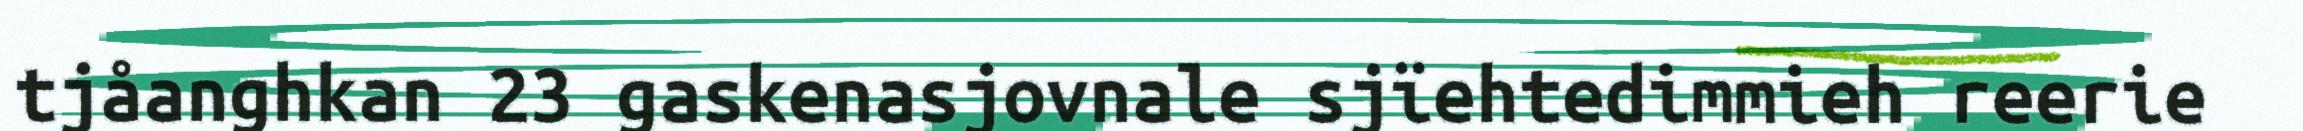
tjåanghkan 23 gaskenasjovnale sjïehtedimmieh reerie